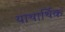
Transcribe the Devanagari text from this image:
याथार्थिक